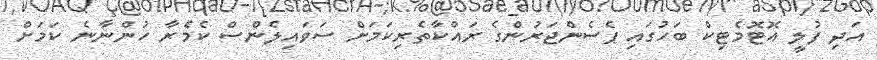
އަދި ފުލީ އޮޓޮމެޓިކް ބަހުގައި ޕެސެންޖަރުންގެ ރައްކާތެރިކަމަށް ސަވައިލެންސް ކެމެރާ ހުންނާނެ ކަމަށް